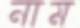
নাম